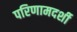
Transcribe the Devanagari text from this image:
परिणामदर्शी